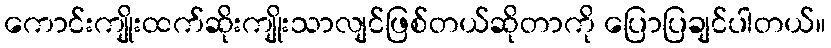
ကောင်းကျိုးထက်ဆိုးကျိုးသာလျင်ဖြစ်တယ်ဆိုတာကို ပြောပြချင်ပါတယ်။